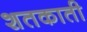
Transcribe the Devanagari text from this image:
शतकाती